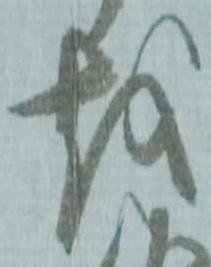
越